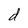
Character: d